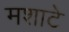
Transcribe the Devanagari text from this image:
मशाटे